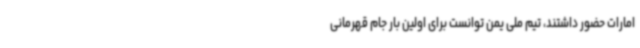
امارات حضور داشتند، تیم ملی یمن توانست برای اولین بار جام قهرمانی